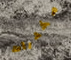
مخدرات